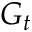
G _ { t }